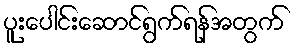
ပူးပေါင်းဆောင်ရွက်ရန်အတွက်